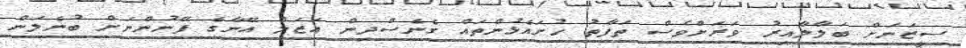
ސީޒަނަށް ބަލާލާއިރު ވަރަށްވެސް ތަފާތު ހުށައެޅުންތައް ގެނެސްދިން އަޒަލް އޭނާގެ ފޭނުންނަށް ބުނެލަން